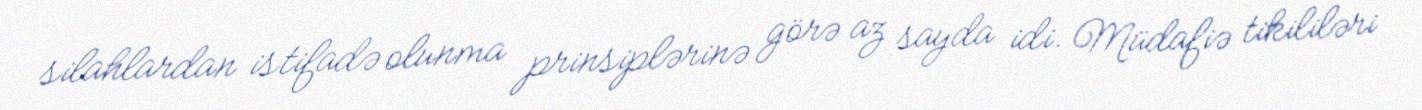
silahlardan istifadə olunma prinsiplərinə görə az sayda idi. Müdafiə tikililəri